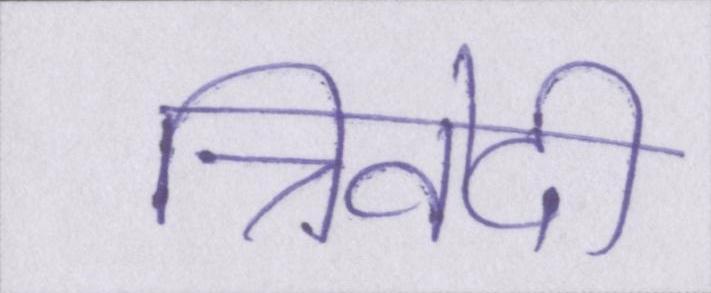
त्रिवेदी